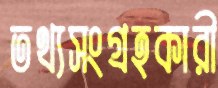
তথ্যসংগ্রহকারী